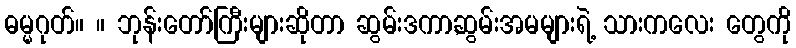
ဓမ္မဂုတ်။ ။ ဘုန်းတော်ကြီးများဆိုတာ ဆွမ်းဒကာ,ဆွမ်းအမများရဲ့ သားကလေး တွေကို